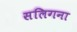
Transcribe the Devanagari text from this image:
सलिगना